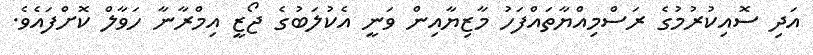
އަދި ސޮއިކުރުމުގެ ރަސްމިއްޔާތައްފަހު މާޒިޔާއިން ވަނީ އެކުލަބުގެ ޖޯޒީ އިމްރާނާ ހަވާލް ކޮށްފައެވެ.